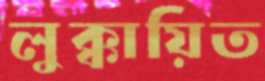
লুক্কায়িত